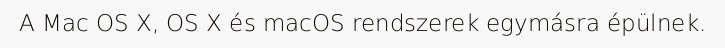
A Mac OS X, OS X és macOS rendszerek egymásra épülnek.